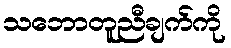
သဘောတူညီချက်ကို